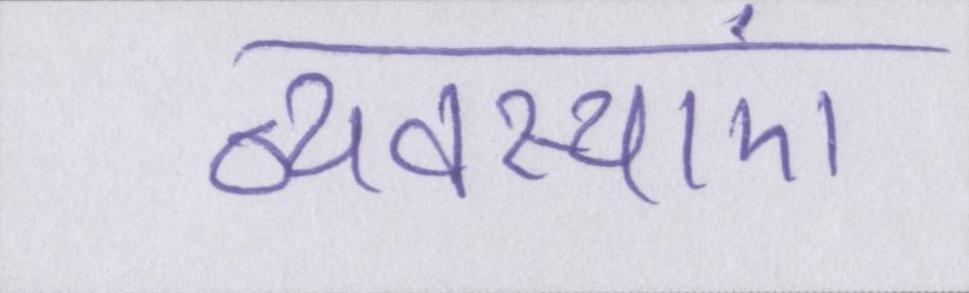
व्यवस्थाएं